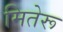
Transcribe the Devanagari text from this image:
मितेरू